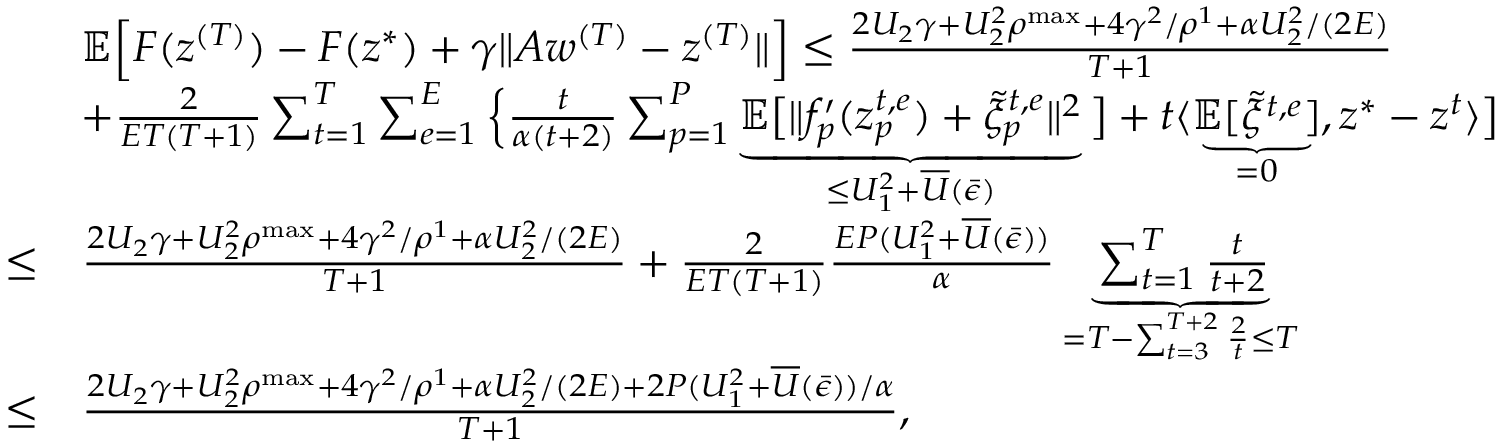
\begin{array} { r l } & { \mathbb { E } \Big [ F ( z ^ { ( T ) } ) - F ( z ^ { * } ) + \gamma \| A w ^ { ( T ) } - z ^ { ( T ) } \| \Big ] \leq \frac { 2 U _ { 2 } \gamma + U _ { 2 } ^ { 2 } \rho ^ { \mathrm { m a x } } + 4 \gamma ^ { 2 } / \rho ^ { 1 } + \alpha U _ { 2 } ^ { 2 } / ( 2 E ) } { T + 1 } } \\ & { + \frac { 2 } { E T ( T + 1 ) } \sum _ { t = 1 } ^ { T } \sum _ { e = 1 } ^ { E } \Big \{ \frac { t } { \alpha ( t + 2 ) } \sum _ { p = 1 } ^ { P } \underbrace { \mathbb { E } \big [ \| f _ { p } ^ { \prime } ( z _ { p } ^ { t , e } ) + \tilde { \xi } _ { p } ^ { t , e } \| ^ { 2 } } _ { \leq U _ { 1 } ^ { 2 } + \overline { { U } } ( \bar { \epsilon } ) } \big ] + t \langle \underbrace { \mathbb { E } [ \tilde { \xi } ^ { t , e } ] } _ { = 0 } , z ^ { * } - z ^ { t } \rangle \big ] } \\ { \leq } & { \frac { 2 U _ { 2 } \gamma + U _ { 2 } ^ { 2 } \rho ^ { \mathrm { m a x } } + 4 \gamma ^ { 2 } / \rho ^ { 1 } + \alpha U _ { 2 } ^ { 2 } / ( 2 E ) } { T + 1 } + \frac { 2 } { E T ( T + 1 ) } \frac { E P ( U _ { 1 } ^ { 2 } + \overline { { U } } ( \bar { \epsilon } ) ) } { \alpha } \underbrace { \sum _ { t = 1 } ^ { T } \frac { t } { t + 2 } } _ { = T - \sum _ { t = 3 } ^ { T + 2 } \frac { 2 } { t } \leq T } } \\ { \leq } & { \frac { 2 U _ { 2 } \gamma + U _ { 2 } ^ { 2 } \rho ^ { \mathrm { m a x } } + 4 \gamma ^ { 2 } / \rho ^ { 1 } + \alpha U _ { 2 } ^ { 2 } / ( 2 E ) + 2 P ( U _ { 1 } ^ { 2 } + \overline { { U } } ( \bar { \epsilon } ) ) / \alpha } { T + 1 } , } \end{array}